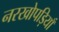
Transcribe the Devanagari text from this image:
नरखोपड़ियाँ